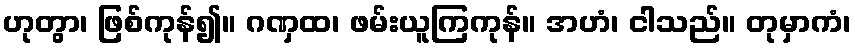
ဟုတွာ၊ ဖြစ်ကုန်၍။ ဂဏှထ၊ ဖမ်းယူကြကုန်။ အဟံ၊ ငါသည်။ တုမှာကံ၊